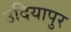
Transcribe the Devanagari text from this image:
उदियापुर